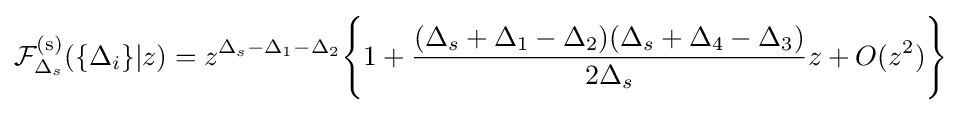
{\mathcal {F}}_{\Delta _{s}}^{\text{(s)}}(\{\Delta _{i}\}|z)=z^{\Delta _{s}-\Delta _{1}-\Delta _{2}}{\Bigg \{}1+{\frac {(\Delta _{s}+\Delta _{1}-\Delta _{2})(\Delta _{s}+\Delta _{4}-\Delta _{3})}{2\Delta _{s}}}z+O(z^{2}){\Bigg \}}\